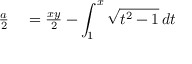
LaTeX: \begin{array} { r l } { { \frac { a } { 2 } } } & { { } = { \frac { x y } { 2 } } - \displaystyle \int _ { 1 } ^ { x } { \sqrt { t ^ { 2 } - 1 } } \, d t } \end{array}